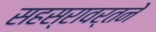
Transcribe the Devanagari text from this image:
सहस्रावर्तने